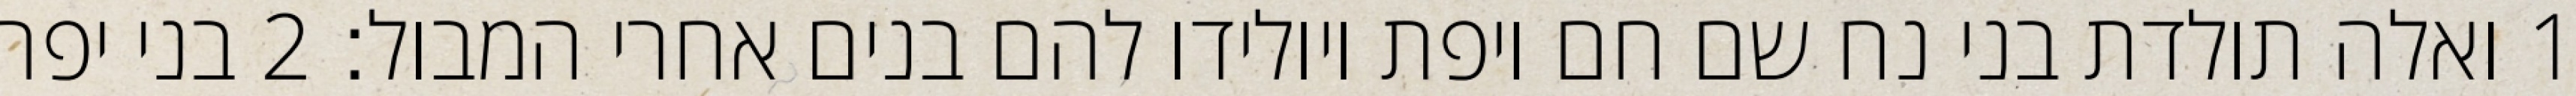
1 ואלה תולדת בני נח שם חם ויפת ויולידו להם בנים אחרי המבול׃ ‎2‏ בני יפת